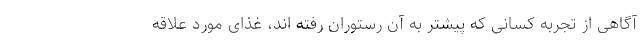
آگاهی از تجربه کسانی که پیشتر به آن رستوران رفته اند، غذای مورد علاقه